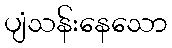
ပျံသန်းနေသော